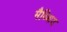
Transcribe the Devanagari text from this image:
मैथ्थिव